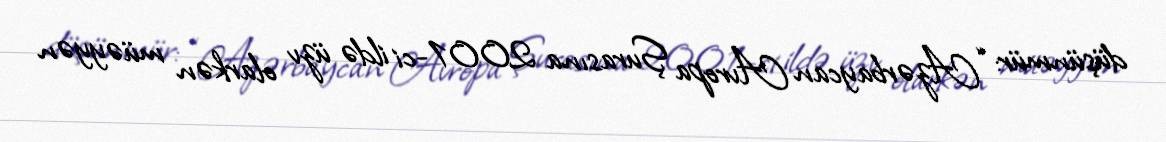
düşünmür: “Azərbaycan Avropa Şurasına 2001-ci ildə üzv olarkən müəyyən